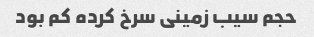
حجم سیب زمینی سرخ کرده کم بود